Lunatic asylums Madras 1877-1891 - 1877-1891
Year: 1877
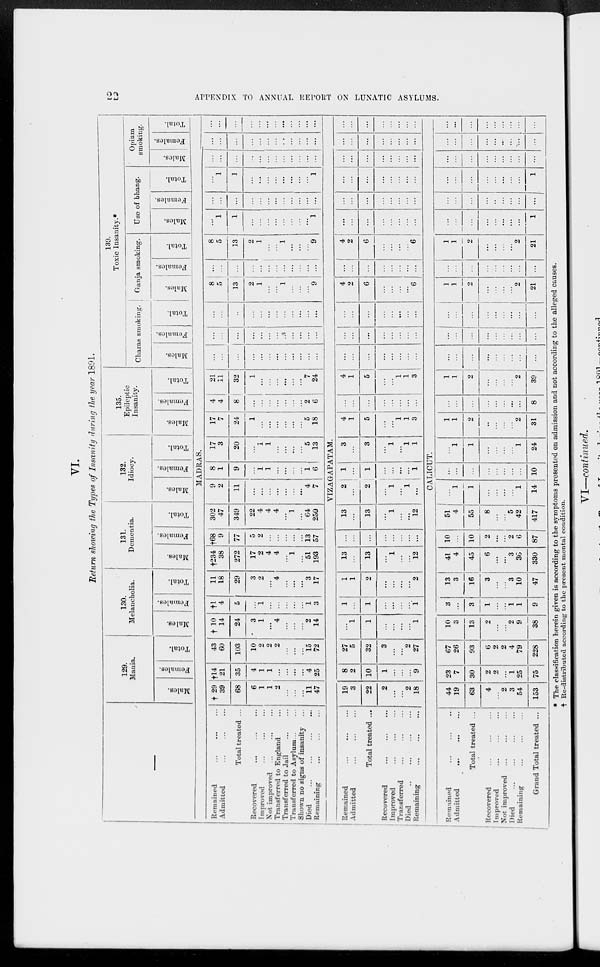
22
APPENDIX TO ANNUAL REPORT ON LUNATIC ASYLUMS.
VI.
Return showing the Types of Insanity during the year 1891.
—
129.
Mania.
Males.
Females.
Total.
130.
Melancholia.
Males.
Females.
Total.
131.
Dementia.
Males.
Females.
Total.
132.
Idiocy.
Males.
Females.
Total.
135.
Epileptic
Insanity.
Males.
Females.
Total.
139.
Toxic Insanity.*
Charas smoking.
Males.
Females.
Total.
Ganja smoking.
Males.
Females.
Total.
Use of bhang.
Males.
Females.
Total.
Opium
smoking.
Males.
Females.
Total.
MADRAS.
Remained ... ... ...
Admitted ... ... ...
Total treated ...
Recovered ... ... ...
Improved ... ... ...
Not improved ... ... ...
Transferred to England ...
Transferred to
Jail
...
...
Transferred to Asylum... ...
Shown no signs of insanity ...
Died
...
...
...
...
Remaining ... ... ...
† 29
39
68
6
1
1
2
...
...
...
11
47
†14
21
35
4
1
1
...
...
...
...
4
25
43
60
103
10
2
2
2
...
...
...
15
72
† 10
14
24
3
1
...
4
...
...
...
2
14
†1
4
5
...
1
...
...
...
...
...
1
3
11
18
29
3
2
...
4
...
...
...
3
17
†234
38
272
17
2
4
4
...
1
...
51
193
†68
9
77
5
2
...
...
...
...
...
13
57
302
47
349
22
4
4
4
...
1
...
64
250
9
2
11
...
...
...
...
...
...
...
4
7
8
1
9
...
1
1
...
...
...
...
1
6
17
3
20
...
1
1
...
...
...
...
5
13
17
7
24
1
...
...
...
...
...
...
5
18
4
4
8
...
...
...
...
...
...
...
2
6
21
11
32
1
...
...
...
...
...
...
7
24
...
...
...
...
...
...
...
...
...
...
...
...
...
...
...
...
...
...
...
...
...
...
...
...
...
...
...
...
...
...
...
...
...
...
...
...
8
5
13
2
1
...
...
1
...
...
...
9
...
...
...
...
...
...
...
...
...
...
...
...
8
5
13
2
1
...
...
1
...
...
...
9
...
1
1
...
...
...
...
...
...
...
...
1
...
...
...
...
...
...
...
...
...
...
...
...
...
1
1
...
...
...
...
...
...
...
...
1
...
...
...
...
...
...
...
...
...
...
...
...
...
...
...
...
...
...
...
...
...
...
...
...
...
...
...
...
...
...
...
...
...
...
...
...
VIZAGAPATAM.
Remained ... ... ...
Admitted ... ... ...
Total treated ...
Recovered ... ... ...
Improved ... ... ...
Transferred ... ... ...
Died
...
...
...
...
Remaining ... ... ...
19
3
22
2
...
...
2
18
8
2
10
1
...
...
...
9
27
5
32
3
...
...
2
27
...
1
1
...
...
...
...
1
1
...
1
...
...
...
...
1
1
1
2
...
...
...
...
2
13
...
13
...
1
...
...
12
...
...
...
...
...
...
...
...
13
...
13
...
1
...
...
12
2
...
2
...
1
...
1
...
1
...
1
...
...
...
...
1
3
...
3
...
1
...
1
1
4
1
5
...
...
1
1
3
...
...
...
...
...
...
...
...
4
1
5
...
...
1
1
3
...
...
...
...
...
...
...
...
...
...
...
...
...
...
...
...
...
...
...
...
...
...
...
...
4
2
6
...
...
...
...
6
...
...
...
...
...
...
...
...
4
2
6
...
...
...
...
6
...
...
...
...
...
...
...
...
...
...
...
...
...
...
...
...
...
...
...
...
...
...
...
...
...
...
...
...
...
...
...
...
...
...
...
...
...
...
...
...
...
...
...
...
...
...
...
...
CALICUT.
Remained ... ... ...
Admitted ... ... ...
Total treated ...
Recovered ... ... ...
Improved ... ... ...
Not improved ... ... ...
Died
...
...
...
...
Remaining ... ... ...
Grand Total treated ...
44
19
63
4
...
2
3
54
153
23
7
30
2
2
...
1
25
75
67
26
93
6
2
2
4
79
228
10
3
13
2
...
...
2
9
38
3
...
3
1
...
...
1
1
9
13
3
16
3
...
...
3
10
47
41
4
45
6
...
...
3
36
330
10
...
10
2
...
...
2
6
87
51
4
55
8
...
...
5
42
417
...
1
1
...
...
...
...
1
14
...
...
...
...
...
...
...
...
10
...
1
1
...
...
...
...
1
24
1
1
2
...
...
...
...
2
31
...
...
...
...
...
...
...
...
8
1
1
2
...
...
...
...
2
39
...
...
...
...
...
...
...
...
...
...
...
...
...
...
...
...
...
...
...
...
...
...
...
...
...
...
...
1
1
2
...
...
...
...
2
21
...
...
...
...
...
...
...
...
...
1
1
2
...
...
...
...
2
21
...
...
...
...
...
...
...
...
1
...
...
...
...
...
...
...
...
...
...
...
...
...
...
...
...
...
1
...
...
...
...
...
...
...
...
...
...
...
...
...
...
...
...
...
...
...
...
...
...
...
...
...
...
...
* The classification herein given is according to the symptoms presented on admission and not according to the alleged causes.
† Re-distributed according to the present mental condition.